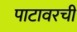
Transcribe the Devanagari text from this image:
पाटावरची